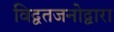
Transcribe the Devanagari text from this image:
विद्वतजनोद्वारा